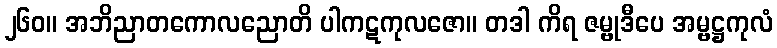
၂၆၀။ အဘိညာတကောလညောတိ ပါကဋကုလဇော။ တဒါ ကိရ ဇမ္ဗုဒီပေ အမ္ဗဋ္ဌကုလံ